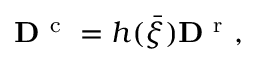
{ \bf D } ^ { \mathrm { ~ c ~ } } = h ( \bar { \xi } ) { \bf D } ^ { \mathrm { ~ r ~ } } ,